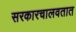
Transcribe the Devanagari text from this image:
सरकारचालवतात